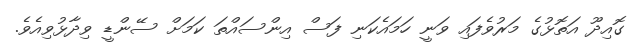
ގޮއިދޫ އަތޮޅުގެ މަރުވެފައި ވަނީ ހަމައެކަނި ފަސް އިންސައްތަ ކަމަށް ސޭންޑީ ވިދާޅުވިއެވެ.